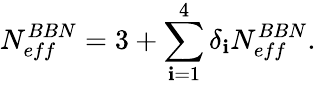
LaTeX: N_{eff}^{BBN}=3+\sum_{\mathbf{i}=1}^{4}\delta_{\mathbf{i}}N_{eff}^{BBN}.